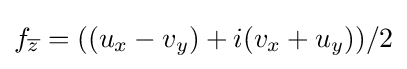
\displaystyle f_{\overline {z}}=((u_{x}-v_{y})+i(v_{x}+u_{y}))/2